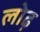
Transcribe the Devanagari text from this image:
लोढ़